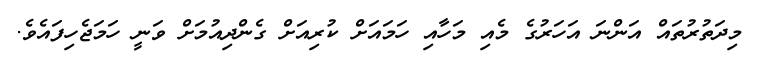
މިދަތުރުތައް އަންނަ އަހަރުގެ މެއި މަހާއި ހަމައަށް ކުރިއަށް ގެންދިއުމަށް ވަނީ ހަމަޖެހިފައެވެ.